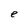
Character: e